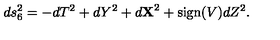
d s _ { 6 } ^ { 2 } = - d T ^ { 2 } + d Y ^ { 2 } + d { \bf X } ^ { 2 } + \mathrm { s i g n } ( V ) d Z ^ { 2 } .